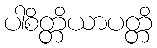
ပါစိတ္တိယာပတ္တိ